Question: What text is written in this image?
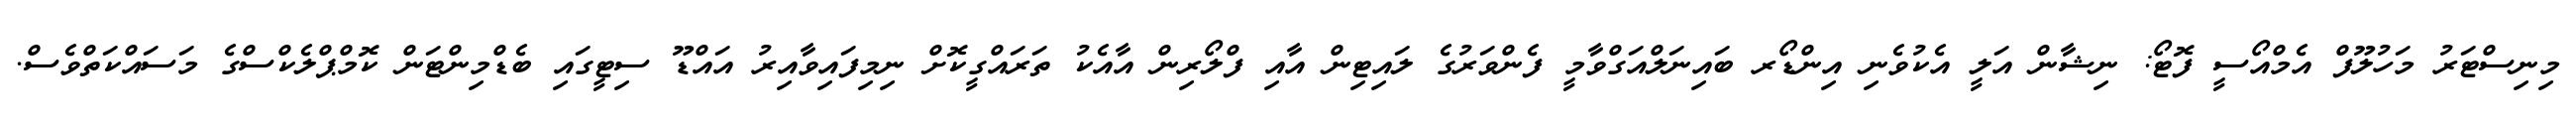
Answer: މިނިސްޓަރު މަހުލޫފް އެމްއޯސީ ފޮޓޯ: ނިޝާން އަލީ އެކުވެނި އިންޑޯރ ބައިނަލްއަގްވާމީ ފެންވަރުގެ ލައިޓިން އާއި ފްލޯރިން އާއެކު ތަރައްގީކޮށް ނިމިފައިވާއިރު އައްޑޫ ސިޓީގައި ބެޑްމިންޓަން ކޮމްޕްލެކްސްގެ މަސައްކަތްވެސް.